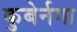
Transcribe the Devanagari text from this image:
कुबेर्नगा